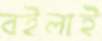
বইলাই